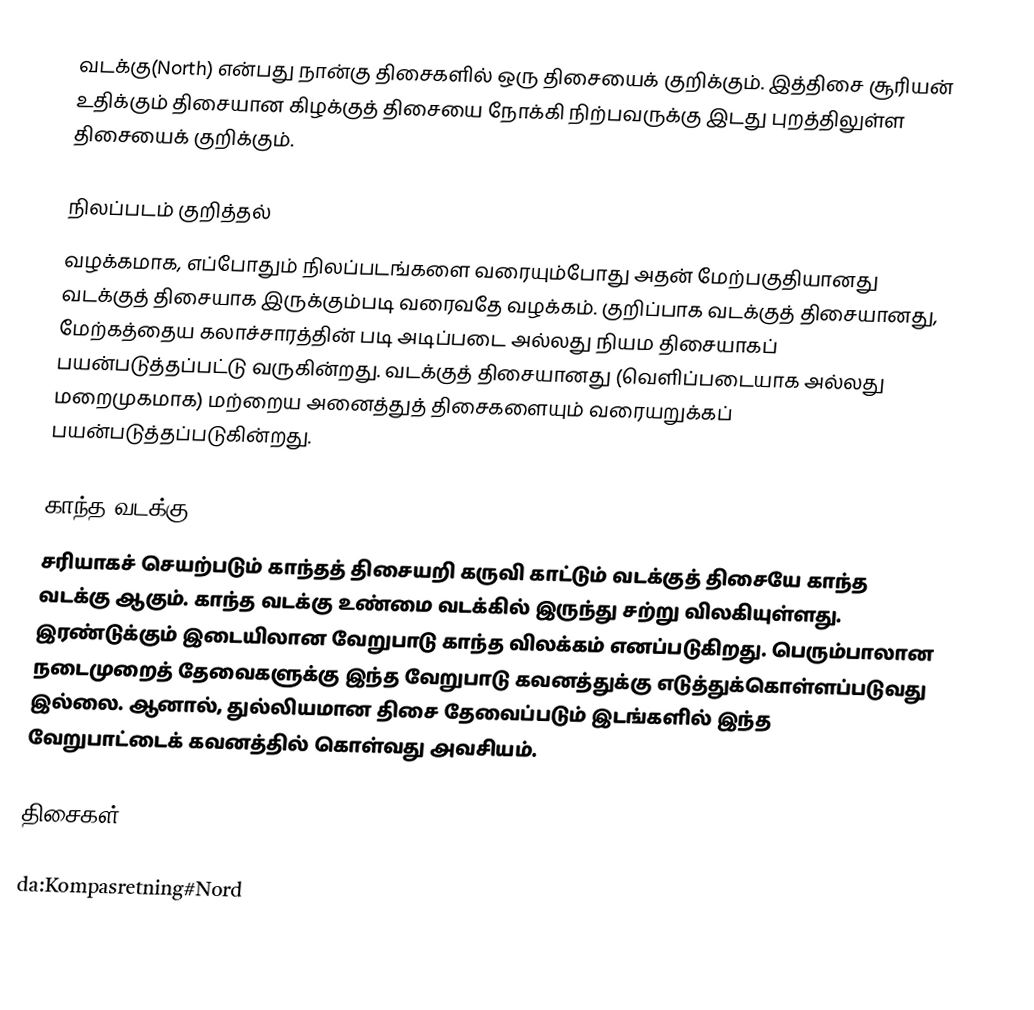
வடக்கு(North) என்பது நான்கு திசைகளில் ஒரு திசையைக் குறிக்கும். இத்திசை சூரியன் உதிக்கும் திசையான கிழக்குத் திசையை நோக்கி நிற்பவருக்கு இடது புறத்திலுள்ள திசையைக் குறிக்கும்.

நிலப்படம் குறித்தல்
வழக்கமாக, எப்போதும் நிலப்படங்களை வரையும்போது அதன் மேற்பகுதியானது வடக்குத் திசையாக இருக்கும்படி வரைவதே வழக்கம். குறிப்பாக வடக்குத் திசையானது, மேற்கத்தைய கலாச்சாரத்தின் படி அடிப்படை அல்லது நியம திசையாகப் பயன்படுத்தப்பட்டு வருகின்றது. வடக்குத் திசையானது (வெளிப்படையாக அல்லது மறைமுகமாக) மற்றைய அனைத்துத் திசைகளையும் வரையறுக்கப் பயன்படுத்தப்படுகின்றது.

காந்த வடக்கு
சரியாகச் செயற்படும் காந்தத் திசையறி கருவி காட்டும் வடக்குத் திசையே  காந்த வடக்கு ஆகும். காந்த வடக்கு உண்மை வடக்கில் இருந்து சற்று விலகியுள்ளது. இரண்டுக்கும் இடையிலான வேறுபாடு காந்த விலக்கம் எனப்படுகிறது. பெரும்பாலான நடைமுறைத் தேவைகளுக்கு இந்த வேறுபாடு கவனத்துக்கு எடுத்துக்கொள்ளப்படுவது இல்லை. ஆனால், துல்லியமான திசை தேவைப்படும் இடங்களில் இந்த வேறுபாட்டைக் கவனத்தில் கொள்வது அவசியம்.

திசைகள்

da:Kompasretning#Nord